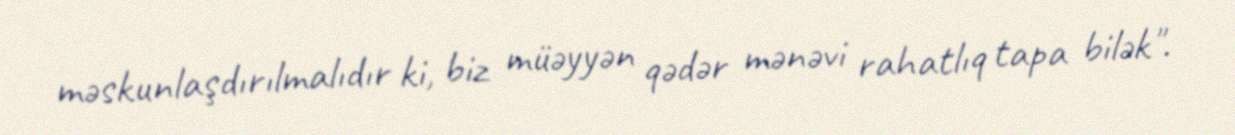
məskunlaşdırılmalıdır ki, biz müəyyən qədər mənəvi rahatlıq tapa bilək".